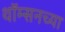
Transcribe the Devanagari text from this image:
थॉम्सनच्या